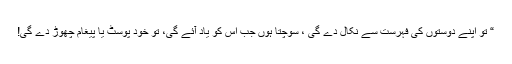
“ تو اپنے دوستوں کی فہرست سے نکال دے گی ، سوچتا ہوں جب اس کو یاد آئے گی، تو خود پوسٹ یا پیغام چھوڑ دے گی!